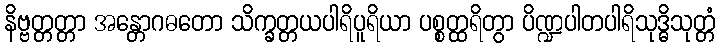
နိဗ္ဗတ္တတ္တာ အန္တောဂဓတော သိက္ခတ္တယပါရိပူရိယာ ပစ္စတ္ထရိတွာ ပိဏ္ဍပါတပါရိသုဒ္ဓိသုတ္တံ